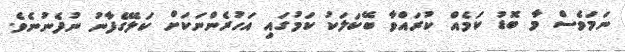
ނަމަވެސް މާ ބޮޑު ކަމެއް ކުރައްވާ ބޭކަލަކު ކަމުގައި އަހުރެންނަކަށް ކަލޭގެފާނު ނުފެނުނެވެ.